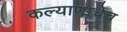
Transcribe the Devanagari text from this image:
कल्याणाचेच